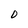
Character: 0